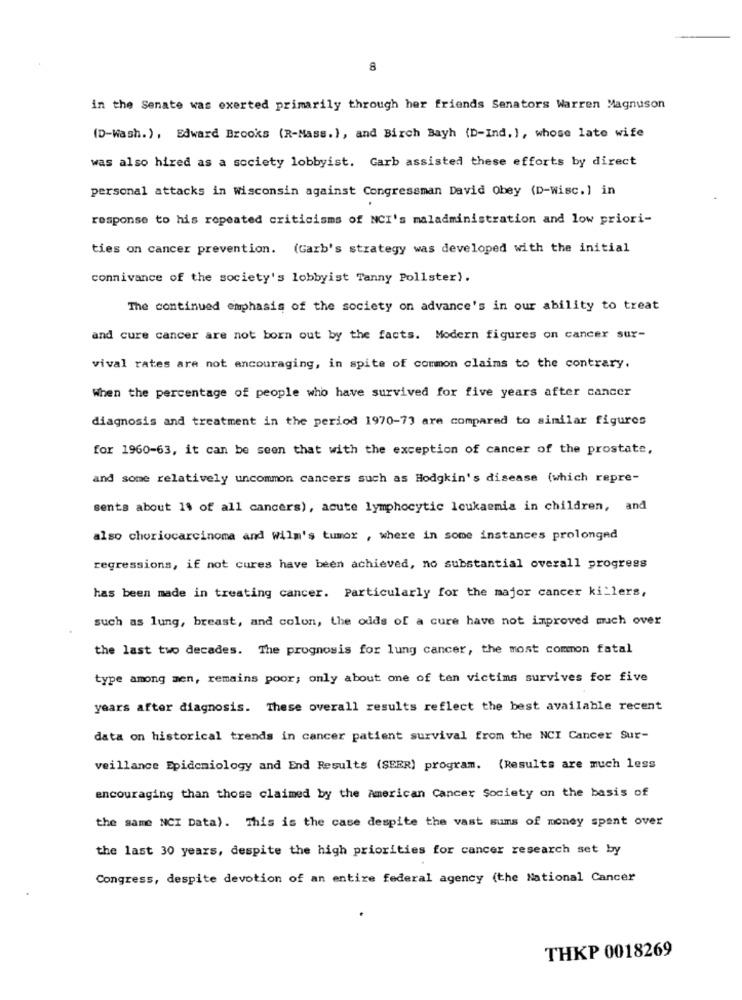
8
in the Senate was exerted primarily through her friends Senators Warren Magnuson
(D-Wash.), Edward Brooks (R-Mass.), and Birch Bayh (D-Ind. ), whose late wife
was also hired as a society lobbyist. Carb assisted these efforts by direct
personal attacks in wisconsin against Congressman David Obey (D-wisc.] in
response to his repeated criticisms of NCI's maladministration and low priori-
ties on cancer prevention. (Garb's strategy was developed with the initial
connivance of the society's lobbyist Tanny Pollster).
The continued emphasis of the society on advance's in our ability to treat
and cure cancer are not born out by the facts. Modern figures on cancer sur-
vival rates are not encouraging, in spite of common claims to the contrary.
When the percentage of people who have survived for five years after cancer
diagnosis and treatment in the period 1970-7) are compared to similar figures
for 1960-63, it can be seen that with the exception of cancer of the prostate,
and some relatively uncommon cancers such as Hodgkin's disease (which repre-
sents about 1% of all cancers), acute lymphocytic leukaemia in children, and
also choriocarcinoma and Wilm's tumor , where in some instances prolonged
regressions, if not cures have been achieved, no substantial overall progress
has been made in treating cancer. Particularly for the major cancer ki_lers,
such as lung, breast, and colon, the odds of a cure have not improved much over
the last two decades. The prognosis for lung cancer, the most common fatal
type among men, remains poor; only about one of ten victims survives for five
years after diagnosis. These overall results reflect the best available recent
data on historical trends in cancer patient survival from the NCI Cancer Sur-
veillance Epidemiology and End Results (SEER) program. (Results are much less
encouraging than those claimed by the American Cancer Society on the basis of
the same NCI Data). This is the case despite the vast sums of money spent over
the last 30 years, despite the high priorities for cancer research set by
Congress, despite devotion of an entire federal agency (the National Cancer
THKP 0018269